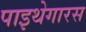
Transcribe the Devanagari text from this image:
पाइथेगारस